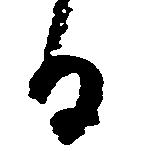
る